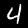
Label: 4